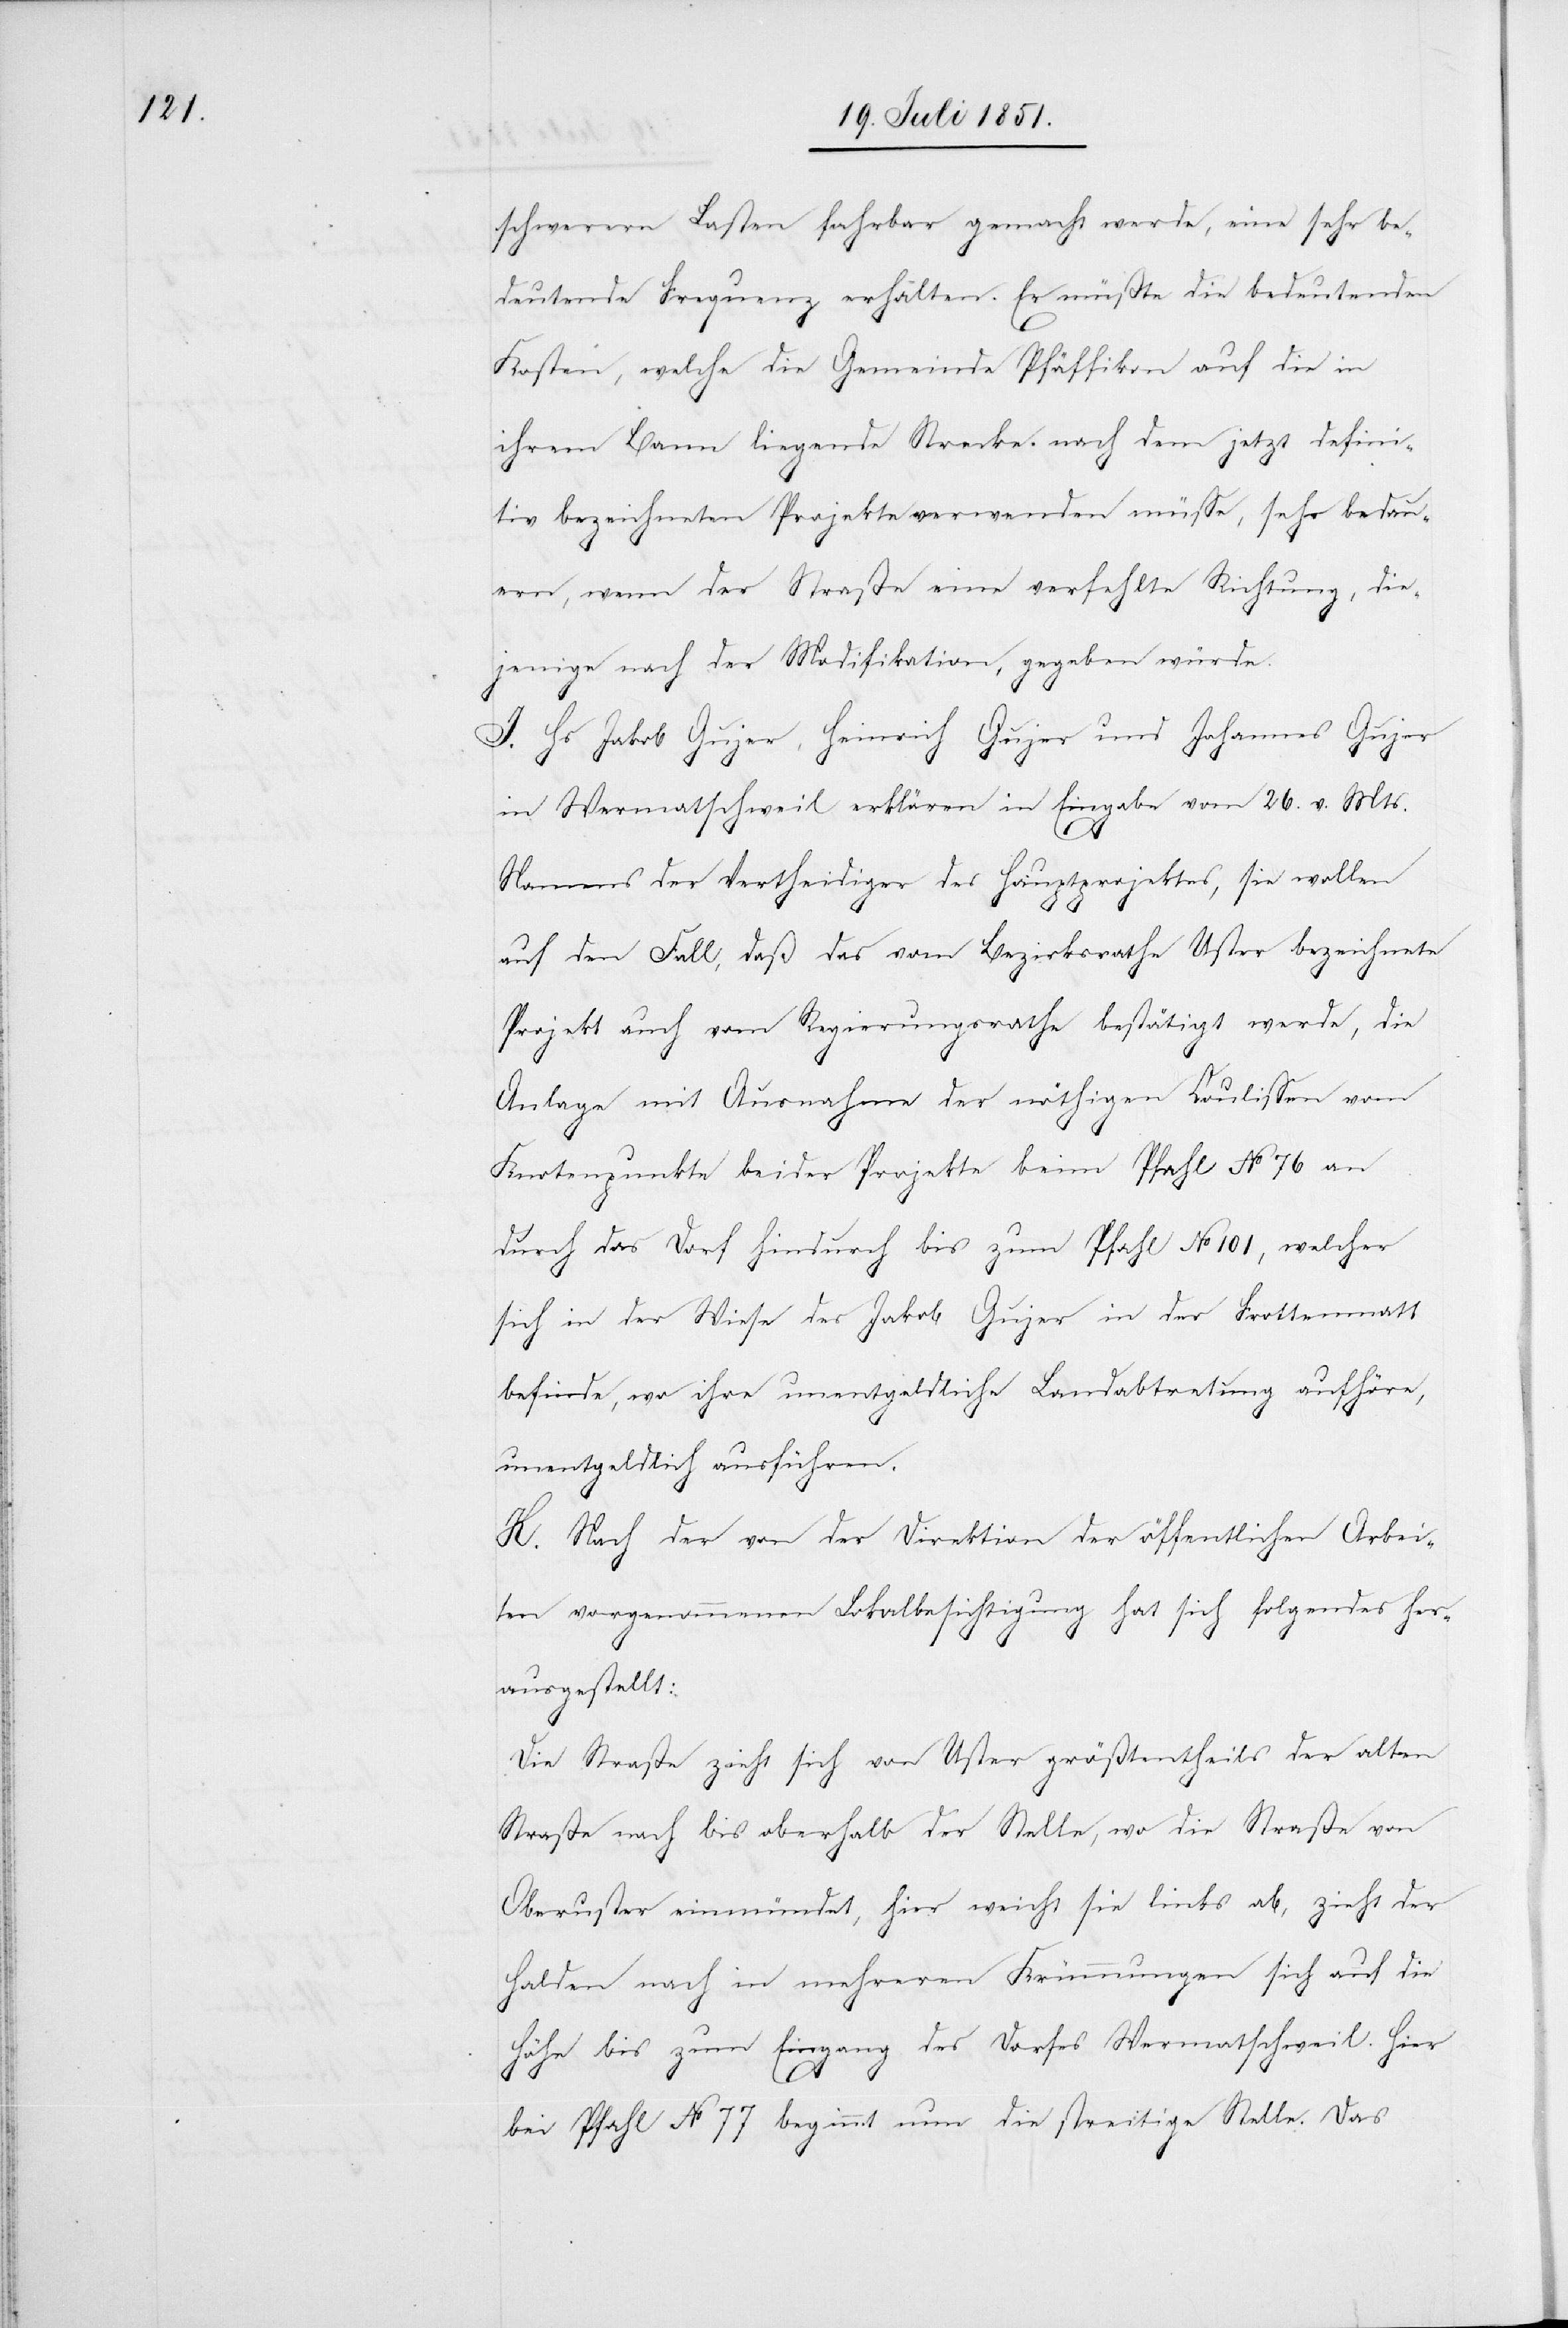
schwerern Lasten fahrbar gemacht werde, eine sehr be¬
deutende Frequenz erhalten. Er müßte die bedeutenden
Kosten, welche die Gemeinde Pfäffikon auf die in
ihrem Bann liegende Strecke nach dem jetzt defini¬
tiv bezeichneten Projekte verwenden müsse, sehr bedau¬
ern, wenn der Straße eine verfehlte Richtung, die¬
jenige nach der Modifikation, gegeben würde.
I. Hs Jakob Gujer, Heinrich Gujer und Johannes Gujer
in Wermatschweil erklären in Eingabe vom 26. v. Mts.
Namens der Vertheidiger des Hauptprojektes, sie wollen
auf den Fall, daß das vom Bezirksrathe Uster bezeichnete
Projekt auch vom Regierungsrathe bestätigt werde, die
Anlage mit Ausnahme der nöthigen Coulissen vom
Knotenpunkte beider Projekte beim Pfahl No 76 an
durch das Dorf hindurch bis zum Pfahl No 101, welcher
sich in der Wiese des Jakob Gujer in der Frottenmatt
befinde, wo ihre unentgeldliche Landabtretung aufhöre,
unentgeldlich ausführen.
K. Nach der von der Direktion der öffentlichen Arbei¬
ten vorgenommenen Lokalbesichtigung hat sich folgendes her¬
ausgestellt:
Die Straße zieht sich von Uster größtentheils der alten
Straße nach bis oberhalb der Stelle, wo die Straße von
Oberuster einmündet, hier weicht sie links ab, zieht der
Halden nach in mehreren Krümmungen sich auf die
Höhe bis zum Eingang des Dorfes Wermatschweil. Hier
bei Pfahl No 77 beginnt nun die streitige Stelle. Das